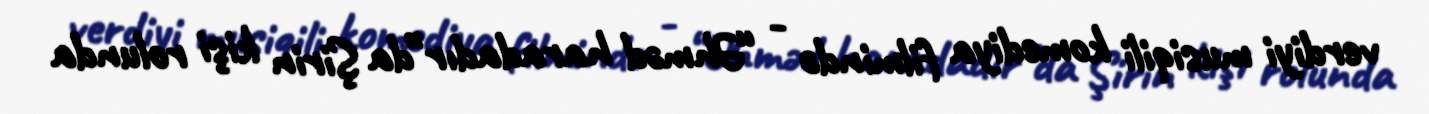
verdiyi musiqili komediya filmində - “Əhməd haradadır”da Şirin kişi rolunda